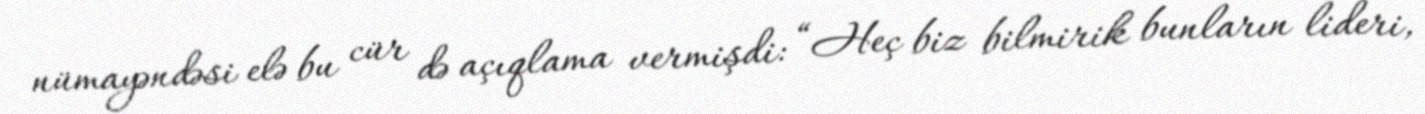
nümayəndəsi elə bu cür də açıqlama vermişdi: “Heç biz bilmirik bunların lideri,